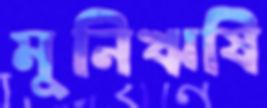
মুনিঋষি